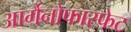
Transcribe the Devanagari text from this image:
आर्गैनोफास्फेट